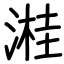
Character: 溎